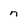
Character: n